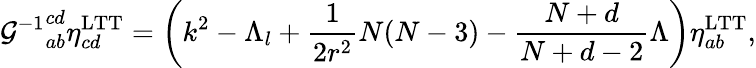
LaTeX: {{\cal G}^{-1}}_{ab}^{cd}\eta_{cd}^{\mathrm{LTT}}=\left(k^{2}-\Lambda_{l}+\frac{1}{2r^{2}}N(N-3)-\frac{N+d}{N+d-2}\Lambda\right)\eta_{ab}^{\mathrm{LTT}},